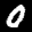
Label: 0